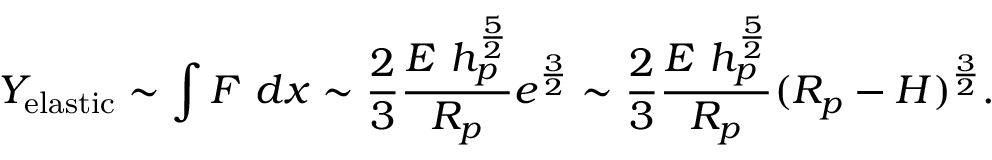
Y _ { \mathrm { e l a s t i c } } \sim \int F ~ d x \sim \frac { 2 } { 3 } \frac { E ~ h _ { p } ^ { \frac { 5 } { 2 } } } { R _ { p } } e ^ { \frac { 3 } { 2 } } \sim \frac { 2 } { 3 } \frac { E ~ h _ { p } ^ { \frac { 5 } { 2 } } } { R _ { p } } ( R _ { p } - H ) ^ { \frac { 3 } { 2 } } .